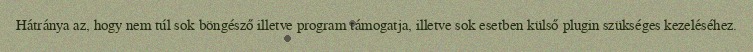
Hátránya az, hogy nem túl sok böngésző illetve program támogatja, illetve sok esetben külső plugin szükséges kezeléséhez.